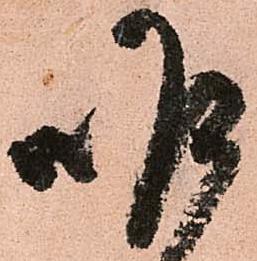
昨